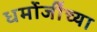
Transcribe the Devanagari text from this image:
धर्मोजींच्या